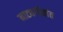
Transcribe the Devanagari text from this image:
नाट्यगीतांत